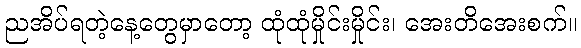
ညအိပ်ရတဲ့နေ့တွေမှာတော့ ထုံထုံမှိုင်းမှိုင်း၊ အေးတိအေးစက်။